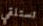
تستلقي